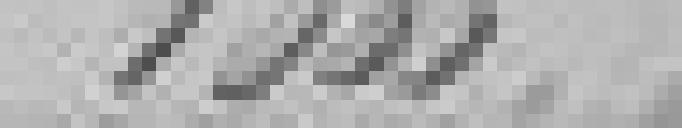
1.000